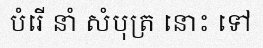
បំរើ នាំ សំបុត្រ នោះ ទៅ